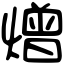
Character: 熷